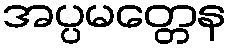
အပ္ပမတ္တေန